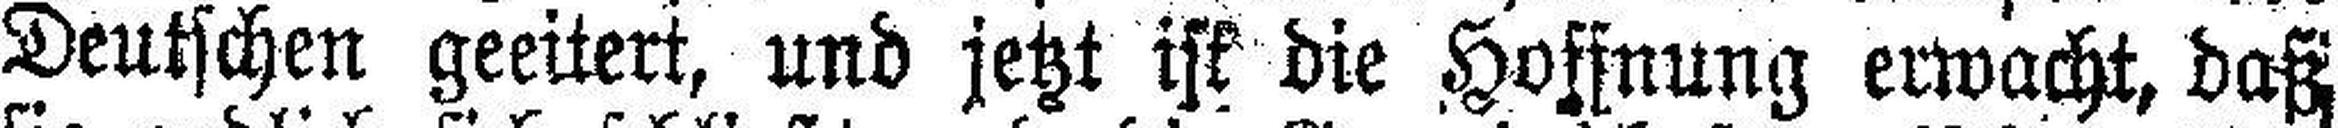
Deutschen geeitert, und jetzt ist die Hoffnung erwacht, daß